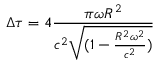
\Delta \tau = 4 \frac { \pi \omega R ^ { 2 } } { c ^ { 2 } \sqrt { ( 1 - \frac { R ^ { 2 } \omega ^ { 2 } } { c ^ { 2 } } ) } }